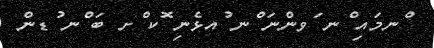
ްނމައި ްނ ަވންނަ ްނ ުއޅެނި ޮކ ްށ ބަ ްނ ުޑން